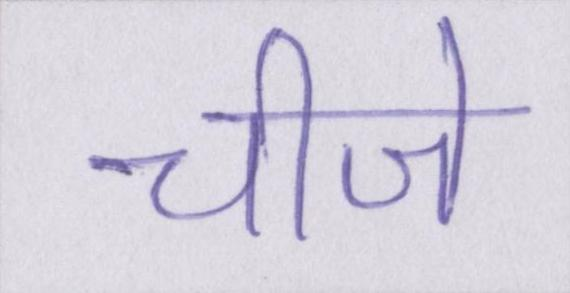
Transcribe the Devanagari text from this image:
चीजे